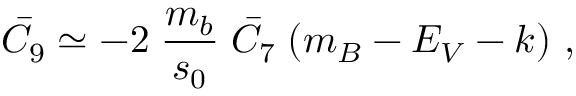
\bar { C } _ { 9 } \simeq - 2 \; \frac { m _ { b } } { s _ { 0 } } \; \bar { C } _ { 7 } \; ( m _ { B } - E _ { V } - k ) ~ ,